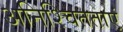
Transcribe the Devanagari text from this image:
अनिश्चितताएं